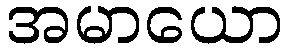
အမာယော